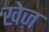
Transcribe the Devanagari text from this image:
खेज़